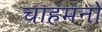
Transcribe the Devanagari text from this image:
चाहमनों